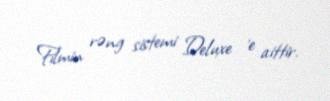
Filmin rəng sistemi Deluxe 'e aittir.